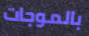
بالموجات